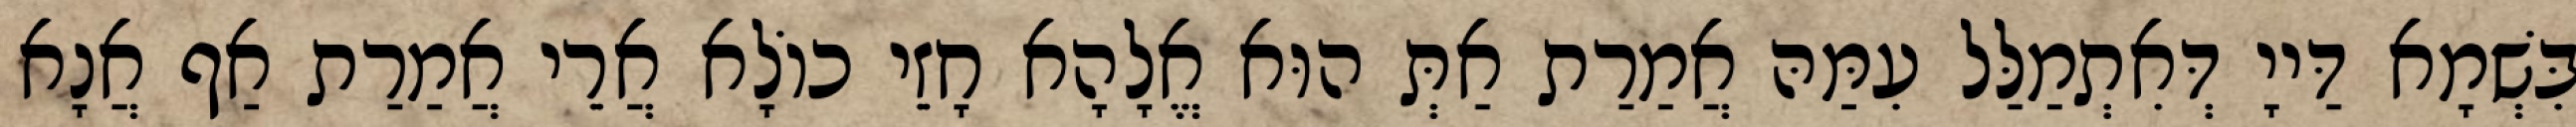
בִּשְׁמָא דַּייָ דְּאִתְמַלַּל עִמַּהּ אֲמַרַת אַתְּ הוּא אֱלָהָא חָזֵי כוֹלָא אֲרֵי אֲמַרַת אַף אֲנָא